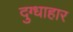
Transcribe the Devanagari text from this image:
दुग्धाहार